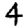
Digit: 4